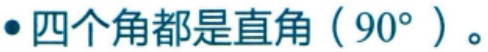
$\bullet$ 四个角都是直角（$90^{\circ}$）。